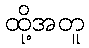
ထို့အတူ